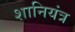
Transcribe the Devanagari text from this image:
शानियंत्र